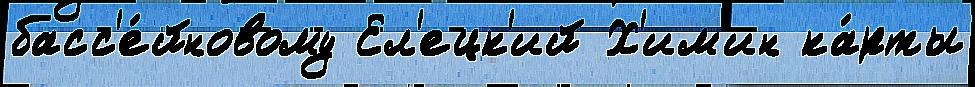
басс'е́йновому Ел'ецк'ий Х'им'ин ка́рты